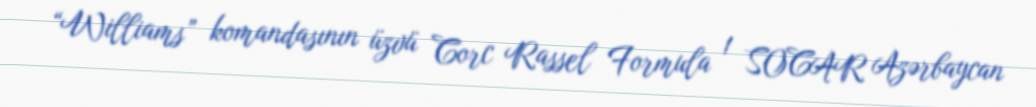
“Williams” komandasının üzvü Corc Rassel Formula 1 SOCAR Azərbaycan